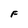
Character: F